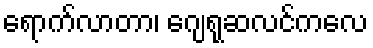
ရောက်လာတာ၊ ဂျေရုဆလင်ကလေ